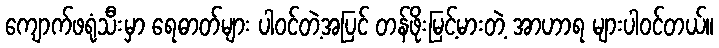
ကျောက်ဖရုံသီးမှာ ရေဓာတ်များ ပါဝင်တဲ့အပြင် တန်ဖိုးမြင့်မားတဲ့ အာဟာရ များပါဝင်တယ်။